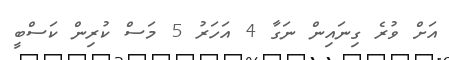
އަށް ވުރެ ގިނައިން ނަގާ 4 އަހަރު 5 މަސް ކުރިން ކަސްބީ